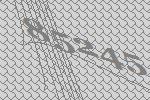
85245